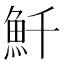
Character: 𩵞